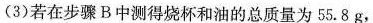
(3)若在步骤B中测得烧杯和油的总质量为55.8g，